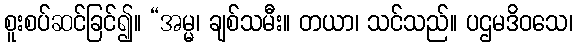
စူးစပ်ဆင်ခြင်၍။ “အမ္မ၊ ချစ်သမီး။ တယာ၊ သင်သည်။ ပဌမဒိဝသေ၊